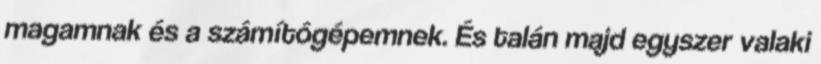
magamnak és a számítógépemnek. És talán majd egyszer valaki